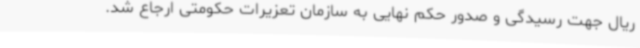
ریال جهت رسیدگی و صدور حکم نهایی به سازمان تعزیرات حکومتی ارجاع شد.